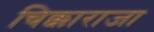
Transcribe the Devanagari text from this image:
चिक्काराजा